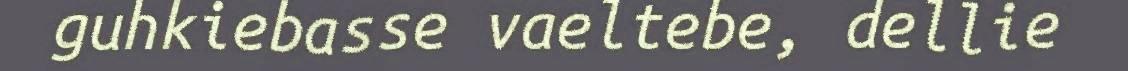
guhkiebasse vaeltebe, dellie